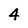
Character: 4